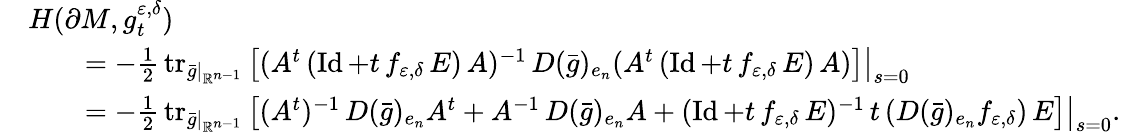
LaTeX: \begin{array}{rl}&{H(\partial M,g_{t}^{\varepsilon,\delta})}\\ &{\qquad=-\frac 12\, \operatorname{tr}_{\bar{g}|_{\mathbb{R}^{n-1}}}\left[(A^{t}\, (\operatorname{Id}+t\, f_{\varepsilon,\delta}\, E)\, A)^{-1}\, D(\bar{g})_{e_{n}}(A^{t}\, (\operatorname{Id}+t\, f_{\varepsilon,\delta}\, E)\, A)\right]\big|_{s=0}}\\ &{\qquad=-\frac 12\, \operatorname{tr}_{\bar{g}|_{\mathbb{R}^{n-1}}}\left[(A^{t})^{-1}\, D(\bar{g})_{e_{n}}A^{t}+A^{-1}\, D(\bar{g})_{e_{n}}A+(\operatorname{Id}+t\, f_{\varepsilon,\delta}\, E)^{-1}\, t\, (D(\bar{g})_{e_{n}}f_{\varepsilon,\delta})\, E\right]\big|_{s=0}.}\end{array}